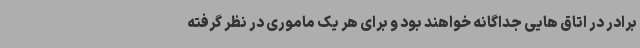
برادر در اتاق هایی جداگانه خواهند بود و برای هر یک ماموری در نظر گرفته